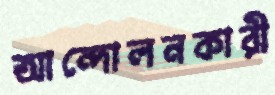
আন্দোলনকারী